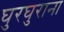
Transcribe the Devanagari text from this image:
घुरघुराना